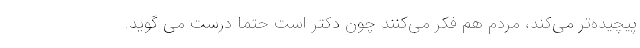
پیچیده‌تر می‌کند، مردم هم فکر می‌کنند چون‌ دکتر است حتما درست می گوید.